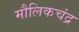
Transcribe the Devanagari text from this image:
मौलिकचंद्र